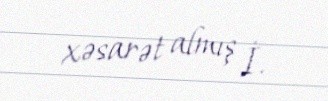
xəsarət almış İ.